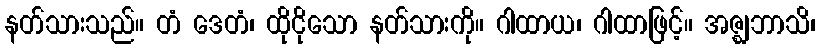
နတ်သားသည်။ တံ ဒေတံ၊ ထိုငိုသော နတ်သားကို။ ဂါထာယ၊ ဂါထာဖြင့်။ အဇ္ဈဘာသိ၊